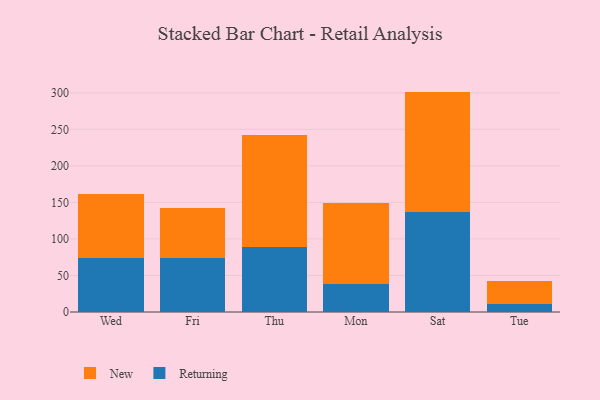
{"axis": {"x": "Day", "y": "Energy Usage (MWh)"}, "legend": ["New", "Returning"], "data": [{"x": "Wed", "y": 73.4, "type": "Returning"}, {"x": "Wed", "y": 87.8, "type": "New"}, {"x": "Fri", "y": 73.4, "type": "Returning"}, {"x": "Fri", "y": 68.4, "type": "New"}, {"x": "Thu", "y": 88.4, "type": "Returning"}, {"x": "Thu", "y": 154.1, "type": "New"}, {"x": "Mon", "y": 38.6, "type": "Returning"}, {"x": "Mon", "y": 109.9, "type": "New"}, {"x": "Sat", "y": 136.9, "type": "Returning"}, {"x": "Sat", "y": 164.7, "type": "New"}, {"x": "Tue", "y": 11.0, "type": "Returning"}, {"x": "Tue", "y": 32.1, "type": "New"}]}